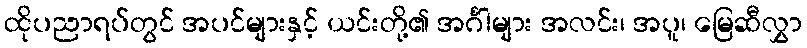
ထိုပညာရပ်တွင် အပင်များနှင့် ယင်းတို့၏ အင်္ဂါများ အလင်း၊ အပူ၊ မြေဆီလွှာ